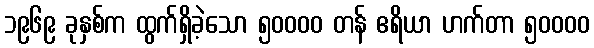
၁၉၆၉ ခုနှစ်က ထွက်ရှိခဲ့သော ၅၀၀၀၀ တန် ဧရိယာ ဟက်တာ ၅၀၀၀၀